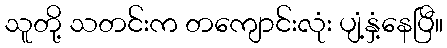
သူတို့ သတင်းက တကျောင်းလုံး ပျံ့နှံ့နေပြီ။